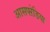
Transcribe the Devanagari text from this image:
आसफ्ऱेडिया